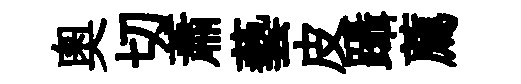
奧切蕭藝皮躡薦